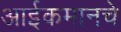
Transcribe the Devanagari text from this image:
आईकमानचे